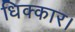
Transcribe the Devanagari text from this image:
धिक्कार।